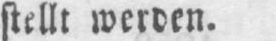
stellt werden.